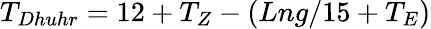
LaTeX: T_{Dhuhr}=12+T_{Z}-(Lng/15+T_{E})